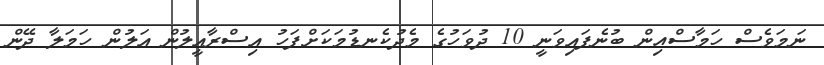
ނަމަވެސް ހަމާސްއިން ބުނެފައިވަނީ 10 ދުވަހުގެ މެދުކެނޑުމަކަށްފަހު އިސްރާއީލުން އަލުން ހަމަލާ ދޭން